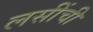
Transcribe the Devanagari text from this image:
लसींची